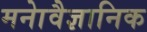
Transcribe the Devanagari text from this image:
मनाेवैज्ञानिक